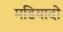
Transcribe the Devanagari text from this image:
मडियादो